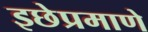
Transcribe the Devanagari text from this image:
इछेप्रमाणे